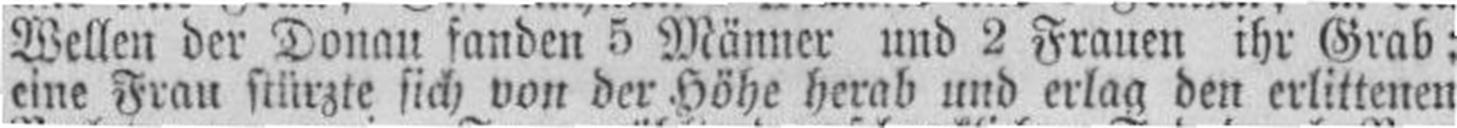
eine Frau stürzte sich von der Höhe herab und erlag den erlittenen